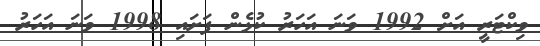
ވިކްޓަރީ އަށް 1992 ވަނަ އަހަރު ކުޅެން ފަށައި 1998 ވަނަ އަހަރު